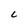
Character: C